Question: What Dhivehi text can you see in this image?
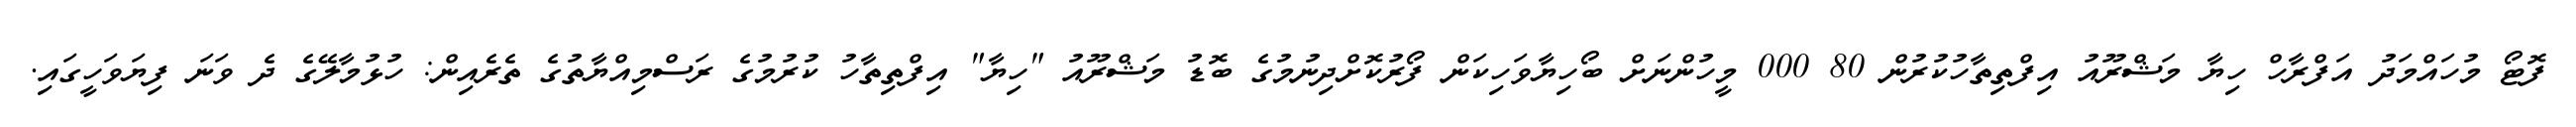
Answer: ފޮޓޯ މުހައްމަދު އަފްރާހް ހިޔާ މަޝްރޫއު އިފްތިތާހުކުރުން 80 000 މީހުންނަށް ބޯހިޔާވަހިކަން ފޯރުކޮށްދިނުމުގެ ބޮޑު މަޝްރޫއު "ހިޔާ" އިފްތިތާހު ކުރުމުގެ ރަސްމިއްޔާތުގެ ތެރެއިން: ހުޅުމާލޭގެ ދެ ވަނަ ފިޔަވަހީގައި.